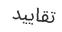
تقاييد